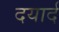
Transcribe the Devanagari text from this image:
दयार्द